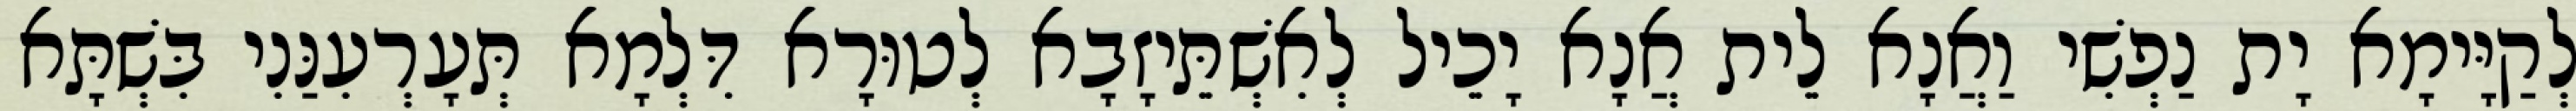
לְקַיָּימָא יָת נַפְשִׁי וַאֲנָא לֵית אֲנָא יָכֵיל לְאִשְׁתֵּיזָבָא לְטוּרָא דִּלְמָא תְּעָרְעִנַּנִי בִּשְׁתָּא